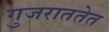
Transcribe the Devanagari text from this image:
गुजराततेत